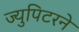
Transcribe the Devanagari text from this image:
ज्युपिटरने